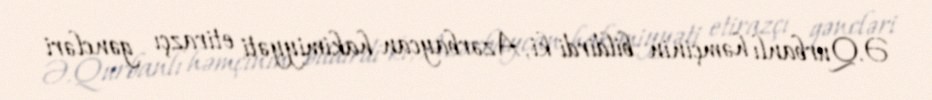
Ə.Qurbanlı həmçinin bildirdi ki, Azərbaycan hakimiyyəti etirazçı gəncləri